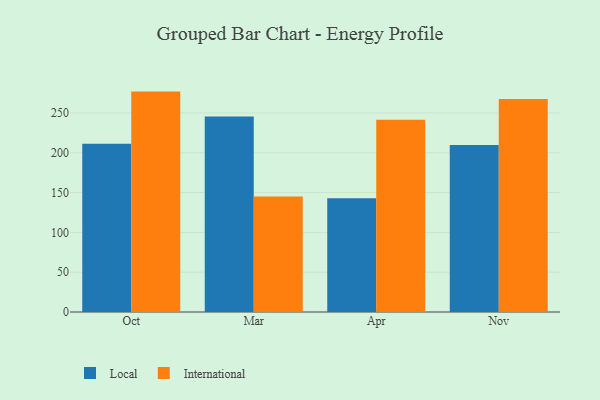
{"axis": {"x": "Month", "y": "Humidity (%)"}, "legend": ["International", "Local"], "data": [{"x": "Oct", "y": 211.4, "type": "Local"}, {"x": "Oct", "y": 276.8, "type": "International"}, {"x": "Mar", "y": 245.6, "type": "Local"}, {"x": "Mar", "y": 144.9, "type": "International"}, {"x": "Apr", "y": 142.8, "type": "Local"}, {"x": "Apr", "y": 241.4, "type": "International"}, {"x": "Nov", "y": 209.7, "type": "Local"}, {"x": "Nov", "y": 267.4, "type": "International"}]}